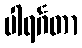
ပါရင်္ဂတာ